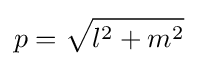
p={\sqrt {l^{2}+m^{2}}}